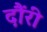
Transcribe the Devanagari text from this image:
दौंरी